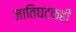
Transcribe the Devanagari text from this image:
जातिघटकही